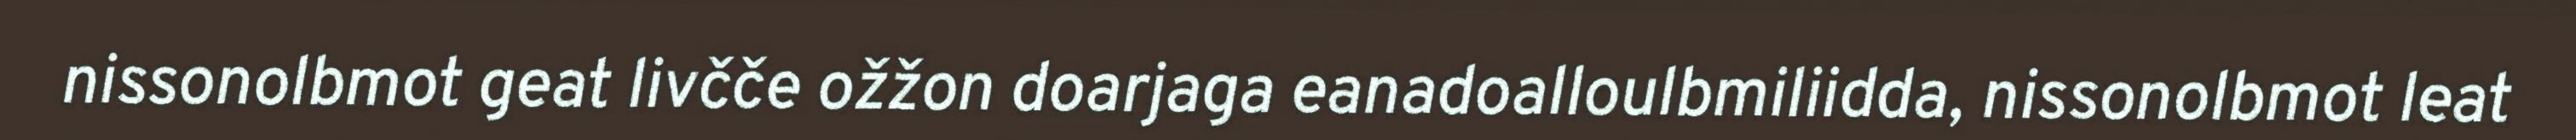
nissonolbmot geat livčče ožžon doarjaga eanadoalloulbmiliidda, nissonolbmot leat